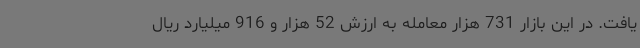
یافت. در این بازار 731 هزار معامله به ارزش 52 هزار و 916 میلیارد ریال